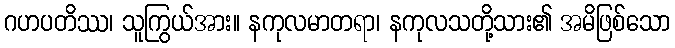
ဂဟပတိဿ၊ သူကြွယ်အား။ နကုလမာတရာ၊ နကုလသတို့သား၏ အမိဖြစ်သော